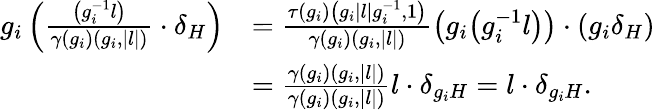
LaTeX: \begin{array}{rl}{g_{i}\left(\frac{\big(g_{i}^{-1}l\big)}{\gamma(g_{i})(g_{i},|l|)}\cdot\delta_{H}\right)}&{=\frac{\tau(g_{i})\big(g_{i}|l|g_{i}^{-1},1\big)}{\gamma(g_{i})(g_{i},|l|)}\big(g_{i}\big(g_{i}^{-1}l\big)\big)\cdot(g_{i}\delta_{H})}\\ &{=\frac{\gamma(g_{i})(g_{i},|l|)}{\gamma(g_{i})(g_{i},|l|)}l\cdot\delta_{g_{i}H}=l\cdot\delta_{g_{i}H}.}\end{array}